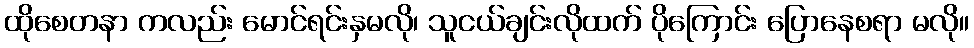
ထိုစေတနာ ကလည်း မောင်ရင်းနှမလို၊ သူငယ်ချင်းလိုထက် ပိုကြောင်း ပြောနေစရာ မလို။